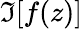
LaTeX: \Im[f(z)]